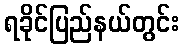
ရခိုင်ပြည်နယ်တွင်း